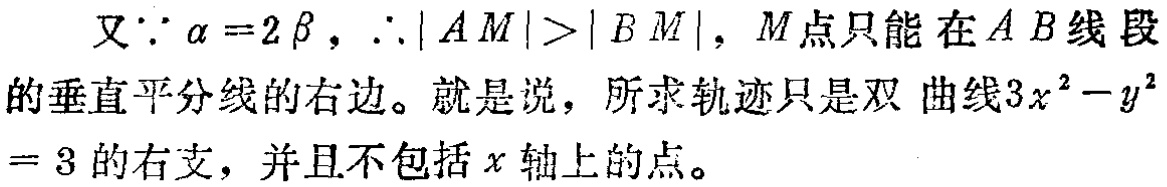
又\(\because \alpha = 2\beta\)，\(\therefore|AM| > |BM|\)，\(M\)点只能在\(AB\)线段的垂直平分线的右边。就是说，所求轨迹只是双曲线\(3x^{2}-y^{2}=3\)的右支，并且不包括\(x\)轴上的点。